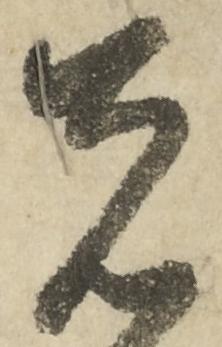
者